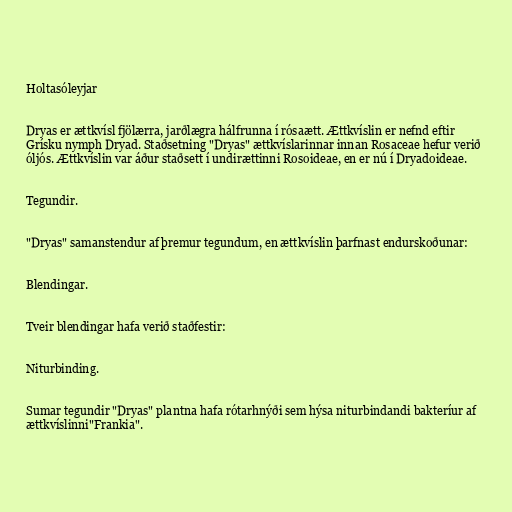
Holtasóleyjar

Dryas er ættkvísl fjölærra, jarðlægra hálfrunna í rósaætt. Ættkvíslin er nefnd eftir
Grísku nymph Dryad. Staðsetning "Dryas" ættkvíslarinnar innan Rosaceae hefur verið
óljós. Ættkvíslin var áður staðsett í undirættinni Rosoideae, en er nú í Dryadoideae.

Tegundir.

"Dryas" samanstendur af þremur tegundum, en ættkvíslin þarfnast endurskoðunar:

Blendingar.

Tveir blendingar hafa verið staðfestir:

Niturbinding.

Sumar tegundir "Dryas" plantna hafa rótarhnýði sem hýsa niturbindandi bakteríur af
ættkvíslinni"Frankia".